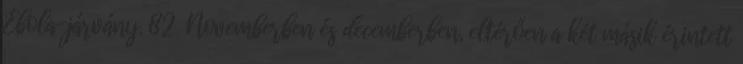
Ebola-járvány. 82 Novemberben és decemberben, eltérően a két másik érintett